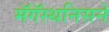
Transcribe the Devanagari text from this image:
मॅगॅस्थनिसने